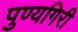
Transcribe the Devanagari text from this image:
पुण्यगिरी